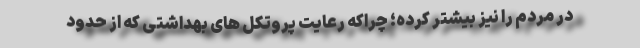
در مردم را نیز بیشتر کرده؛ چراکه رعایت پروتکل های بهداشتی که از حدود